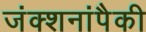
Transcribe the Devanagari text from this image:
जंक्शनांपैकी